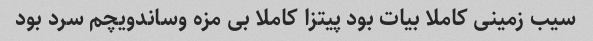
سیب زمینی کاملا بیات بود پیتزا کاملا بی مزه وساندویچم سرد بود